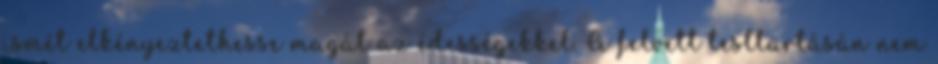
ismét elkényeztethesse magát az édességekkel. A felvett testtartásán nem